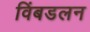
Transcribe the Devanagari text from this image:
विंबडलन